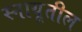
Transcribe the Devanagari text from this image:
स्नायूतील